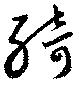
綺